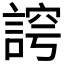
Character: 𮘛